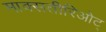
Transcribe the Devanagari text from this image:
माक्सतीरिओट्